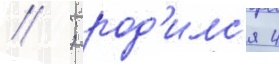
// ; род'илс'я 4